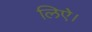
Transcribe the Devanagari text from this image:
लिऐ।